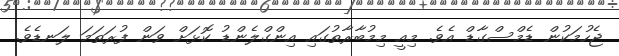
ޖެހުމަކުން ޑެމްސްގާޑް އެވެ. މިއީ މިމުބާރާތުގައި އިންގްލެންޑު ކޮޅަށް ވަން ފުރަތަމަ ލަނޑެވެ.